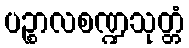
ပဉ္စာလစဏ္ဍသုတ္တံ